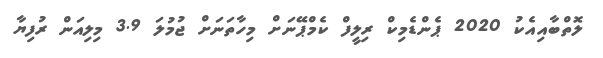
ލޮތްބާއިއެކު 2020 ޕެންޑެމިކް ރިލީފް ކެމްޕޭނަށް މިހާތަނަށް ޖުމުލަ 3.9 މިލިއަން ރުފިޔާ